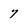
Character: 7